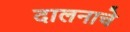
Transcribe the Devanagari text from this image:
दालनाचे